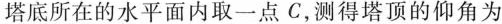
塔底所在的水平面内取一点C，测得塔顶的仰角为